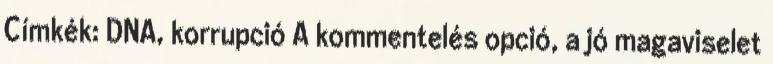
Címkék: DNA, korrupció A kommentelés opció, a jó magaviselet